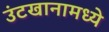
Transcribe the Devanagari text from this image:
उंटखानामध्ये